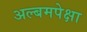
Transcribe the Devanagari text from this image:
अल्बमपेक्षा